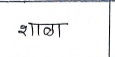
मजकूर: शाळा